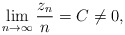
\begin{align*}\lim_{n\rightarrow \infty}\frac{z_n}{n}=C\not=0,\end{align*}